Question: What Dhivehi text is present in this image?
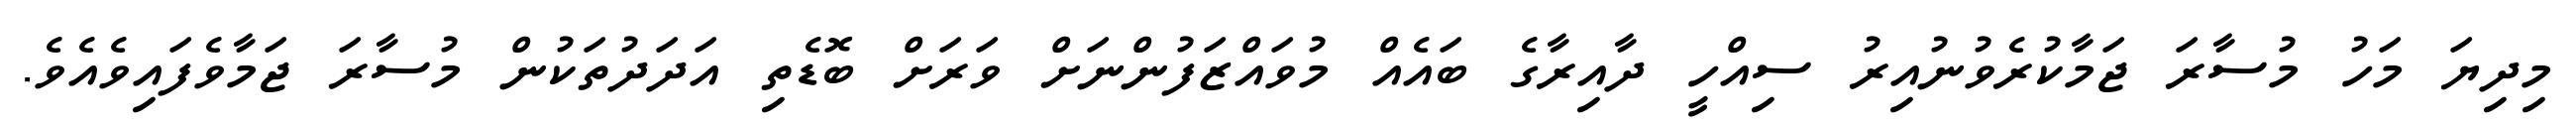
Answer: މިދިޔަ މަހު މުސާރަ ޖަމާކުރެވުނުއިރު ސިއްހީ ދާއިރާގެ ބައެއް މުވައްޒަފުންނަށް ވަރަށް ބޮޑެތި އަދަދުތަކުން މުސާރަ ޖަމާވެފައިވެއެވެ.